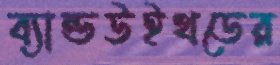
ব্যান্ডউইথডের